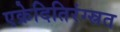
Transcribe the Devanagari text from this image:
एक्रेदितिरंग्स्रत